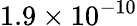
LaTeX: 1.9\times 10^{-10}